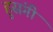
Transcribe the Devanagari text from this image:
हुसंगी